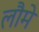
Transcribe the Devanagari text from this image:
लौमे